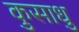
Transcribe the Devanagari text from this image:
कुसाधु